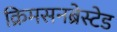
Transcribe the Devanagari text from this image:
क्रिमसनब्रेस्टेड